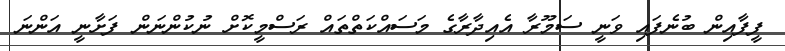
ފީފާއިން ބުނެފައި ވަނީ ސަމޫރާ އެއިދާރާގެ މަސައްކަތްތައް ރަސްމީކޮށް ނުކުންނަން ފަށާނީ އަންނަ